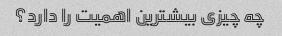
چه چیزی بیشترین اهمیت را دارد؟